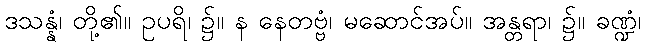
ဒသန္နံ၊ တို့၏။ ဥပရိ၊ ၌။ န နေတဗ္ဗံ၊ မဆောင်အပ်။ အန္တရာ၊ ၌။ ခဏ္ဍံ၊